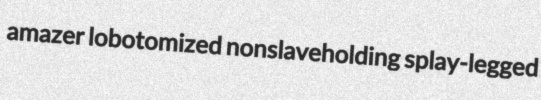
amazer lobotomized nonslaveholding splay-legged